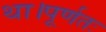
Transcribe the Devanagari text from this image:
था।पूर्णतः